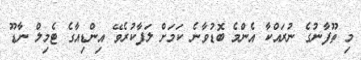
މި ތޫފާނުގެ ނުރައްކާ އެންމެ ބޮޑުވާނެ ކަމަށް ލަފާކުރެވޭ އިންޑިއާގެ ޓެމިލް ނާޑޫ